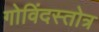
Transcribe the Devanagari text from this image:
गोविंदस्तोत्र